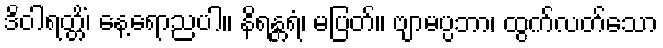
ဒိဝါရတ္တိံ၊ နေ့ရောညပါ။ နိရန္တရံ၊ မပြတ်။ ဗျာမပ္ပဘာ၊ ထွက်လတ်သော